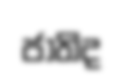
ජාතිද